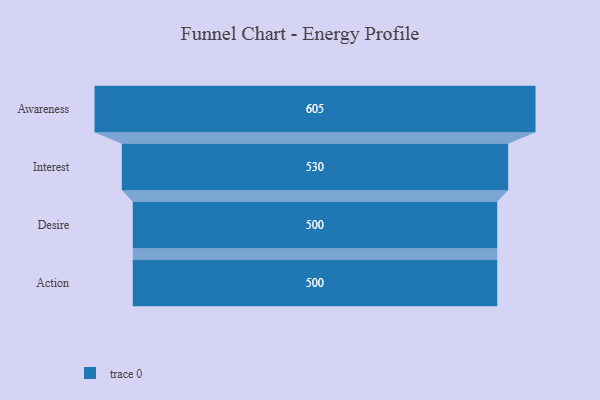
{"axis": {"x": "Stage", "y": "Value"}, "legend": [""], "data": [{"x": "Awareness", "y": 605.0, "type": ""}, {"x": "Interest", "y": 530.0, "type": ""}, {"x": "Desire", "y": 500, "type": ""}, {"x": "Action", "y": 500, "type": ""}]}